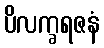
ပိလက္ခရဇနံ